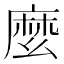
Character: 麼